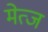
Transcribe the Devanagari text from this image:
मेत्ज